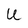
Character: u